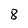
Character: 8